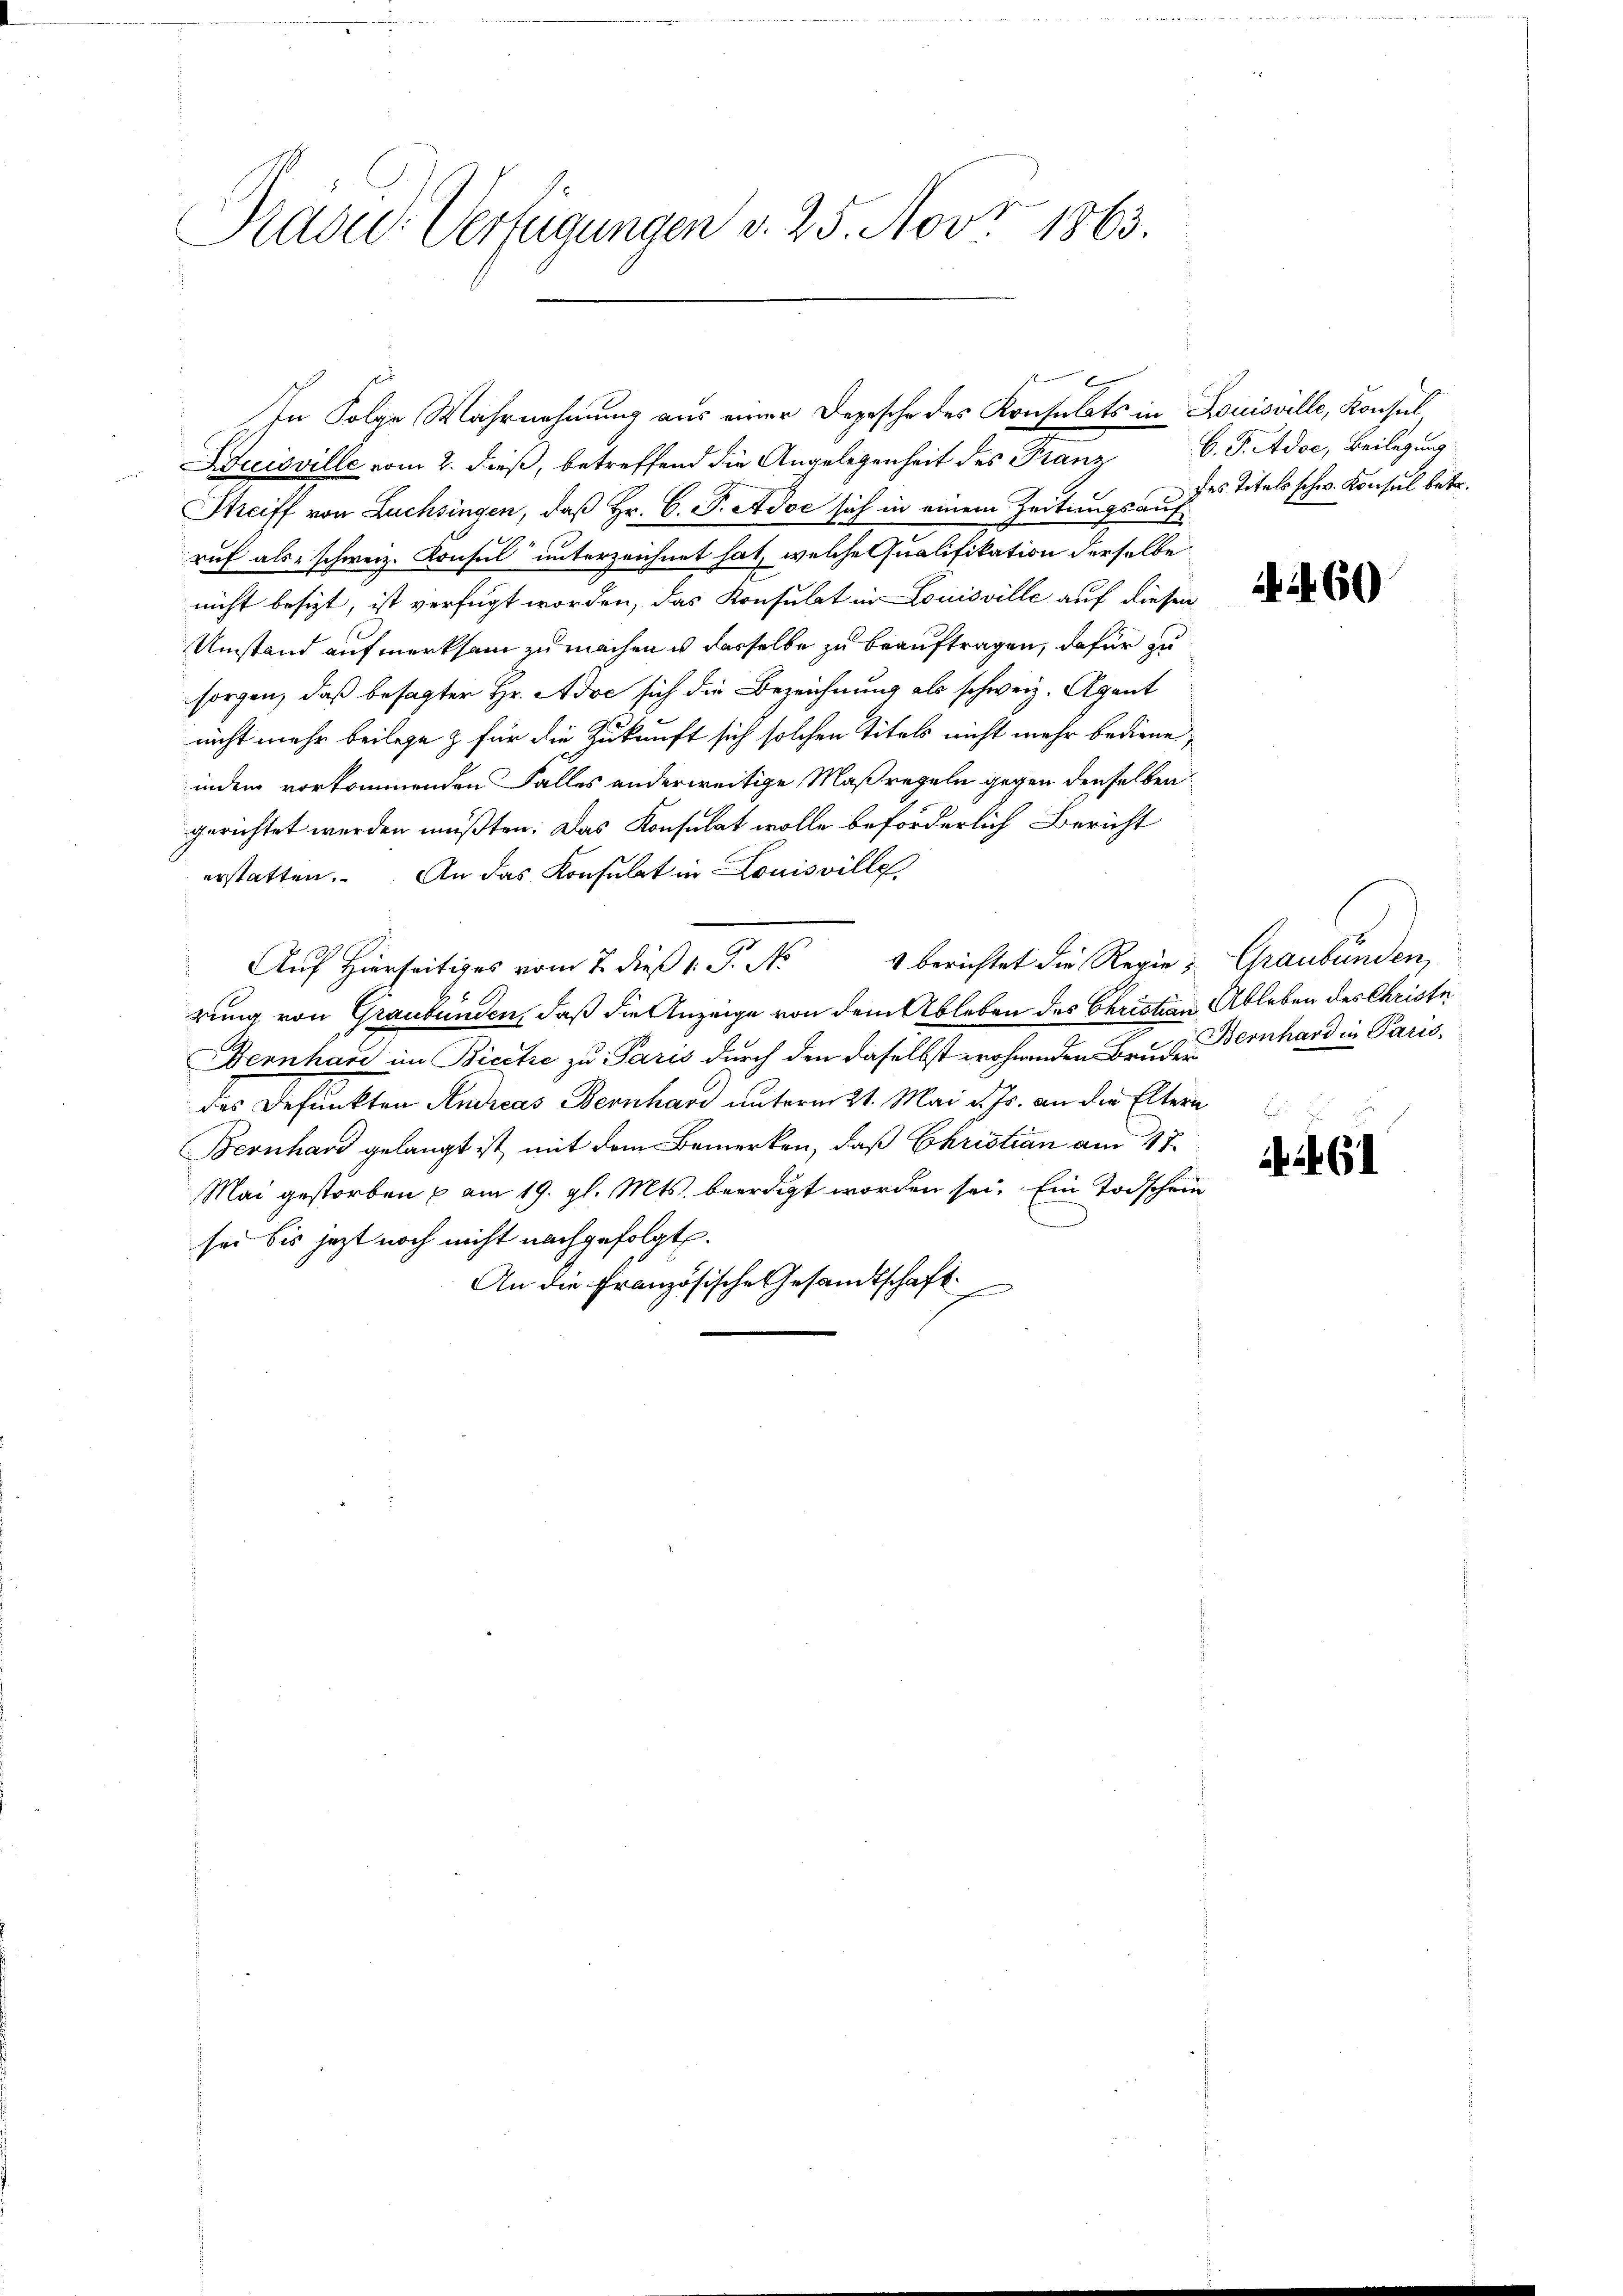
Präsid. Verfügungen v. 25. Nov. 1863.

Suisville vom 2. dieß, betreffend die Angelegenheit des Franz
Streiff von Luchsingen, daß Hr. C. P. Adoc sich in einem Zeitungsauf-
ruf als schweiz. Konsul unterzeichnet hat, welche Qualifikation derselbe
nicht besizt, ist verfügt worden, das Konsulat in Louisville auf diesen
Umstand aufmerksam zu machen u derselbe zu beauftragen, dafür zu
sorgen, daß besagter Hr. Adoc sich die Bezeichnung als schweiz. Agent
nicht mehr beilege & für die Zukunft sich solchen Titels nicht mehr bediene,
indem vorkommenden Falles anderweitige Maßregeln gegen denselben
gerichtet werden müßten. Das Konsulat wolle beförderlich Bericht
erstatten. An das Konsulat in Louisville
1 berichtet die Regie; Graubünden
Auf Hierseitiges vom 7. dieß 1 S. N
rung von Graubünden, daß die Anzeige von dem Ableben des Christian Ableben des Christe
Bernhard im Bicere zu Paris durch den daselbst wohnenden Bruchen Bernhard in Paris
des Befunkten Andreas Bernhard unterm 21. Mai d. Js. an die Eltern
Bernhard gelangt ist, mit dem Bemerken, daß Christian am 17.
Mai gestorben am 19. gl. Mts. beerdigt worden sei. Ein Todschein
sei bis jetzt noch nicht nachgefolgt.
An die Französische Gesandtschaft

f x
In Folge Wahrnehmung aus einer Depesche des Konsulats in Louisville, Konsul

C.P.Adoe, Beilegung
des Titels schw. Konsul betr.

60

61